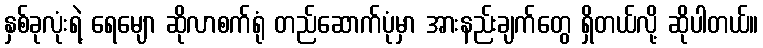
နှစ်ခုလုံးရဲ့ ရေမျော ဆိုလာစက်ရုံ တည်ဆောက်ပုံမှာ အားနည်းချက်တွေ ရှိတယ်လို့ ဆိုပါတယ်။